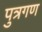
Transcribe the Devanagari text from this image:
पुत्रगण